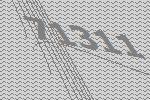
71311